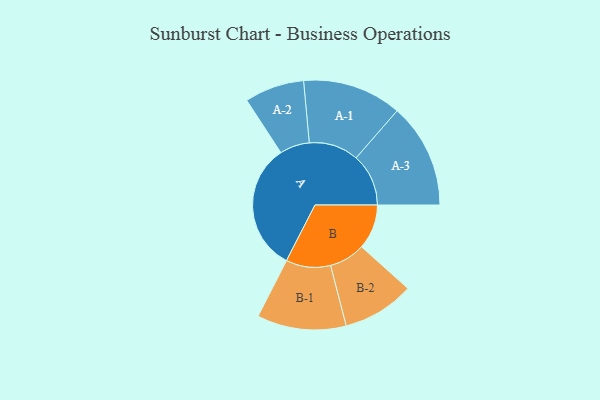
{"axis": {"x": "Segment", "y": "Value"}, "legend": ["", "A", "B"], "data": [{"x": "A", "y": 460, "type": ""}, {"x": "B", "y": 161, "type": ""}, {"x": "A-1", "y": 178, "type": "A"}, {"x": "A-2", "y": 107, "type": "A"}, {"x": "A-3", "y": 188, "type": "A"}, {"x": "B-1", "y": 160, "type": "B"}, {"x": "B-2", "y": 129, "type": "B"}]}